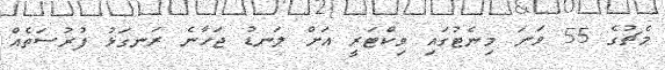
މެޗުގެ 55 ވަނަ މިނެޓުގައި ވިކްޓަރީ އަށް ލަނޑު ޖަހާނެ ރަނގަޅު ފުރުސަތެއް